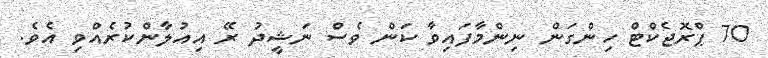
70 ޕްރޮޖެކްޓް ހިންގަން ނިންމާފައިވާ ކަން ވެސް ނަޝީދު ރޭ އިއުލާންކުރެއްވި އެވެ.